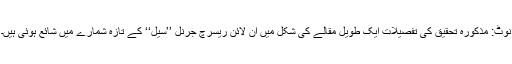
نوٹ: مذکورہ تحقیق کی تفصیلات ایک طویل مقالے کی شکل میں آن لائن ریسرچ جرنل ’’سیل‘‘ کے تازہ شمارے میں شائع ہوئی ہیں۔